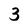
Character: 3